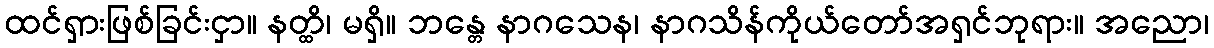
ထင်ရှားဖြစ်ခြင်းငှာ။ နတ္ထိ၊ မရှိ။ ဘန္တေ နာဂသေန၊ နာဂသိန်ကိုယ်တော်အရှင်ဘုရား။ အညော၊